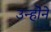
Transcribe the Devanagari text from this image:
उन्होॆने